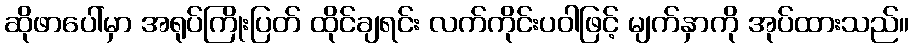
ဆိုဖာပေါ်မှာ အရုပ်ကြိုးပြတ် ထိုင်ချရင်း လက်ကိုင်းပဝါဖြင့် မျက်နှာကို အုပ်ထားသည်။